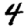
Digit: 4